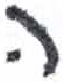
אות: ה